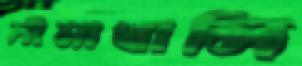
সীমাখালি